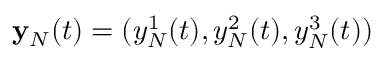
{ \bf y } _ { N } ( t ) = ( y _ { N } ^ { 1 } ( t ) , y _ { N } ^ { 2 } ( t ) , y _ { N } ^ { 3 } ( t ) )